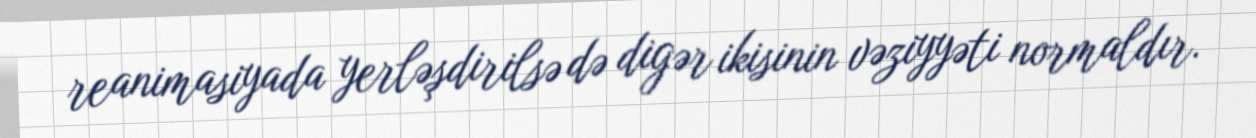
reanimasiyada yerləşdirilsə də digər ikisinin vəziyyəti normaldır.